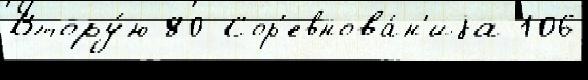
Втору́ю 80 Сор'евнова́н'иjа 106